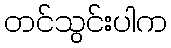
တင်သွင်းပါက